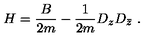
H = \frac { B } { 2 m } - \frac { 1 } { 2 m } D _ { z } D _ { \bar { z } } \ .